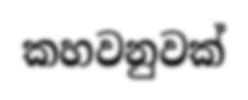
කහවනුවක්